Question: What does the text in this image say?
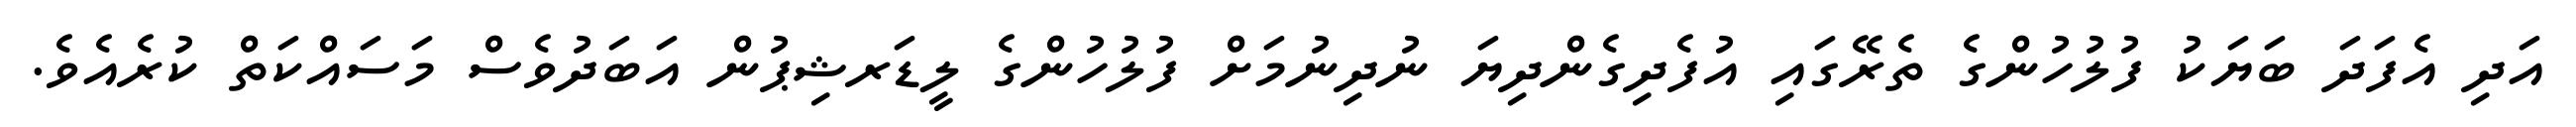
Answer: އަދި އެފަދަ ބަޔަކު ފުލުހުންގެ ތެރޭގައި އުފެދިގެންދިޔަ ނުދިނުމަށް ފުލުހުންގެ ލީޑަރޝިޕުން އަބަދުވެސް މަސައްކަތް ކުރެއެވެ.